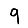
Digit: 9